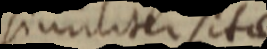
similiter sitae